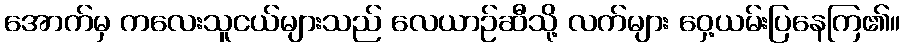
အောက်မှ ကလေးသူငယ်များသည် လေယာဉ်ဆီသို့ လက်များ ဝှေ့ယမ်းပြနေကြ၏။